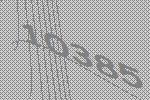
10385